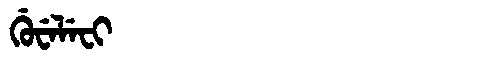
Manchu: ᡤᡠᠸᡝᠯᡝᠸᡳ
Romanization: GUWELEFI